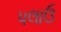
પલાઉ